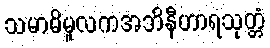
သမာဓိမူလကအဘိနီဟာရသုတ္တံ